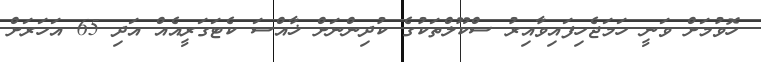
ހޮވުމަށް ވަނީ ހަމަޖެހިފައިވާއިރު ސްކޫލްތަކުގެ ކުދިންނަށް ޚާއްސަ ކެޓަގަރީއެއް އަދި 65 އަހަރަށް